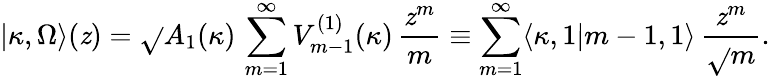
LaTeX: |\kappa,\Omega\rangle(\mathit{z})=\sqrt{}{{A_{1}(\kappa)}}\, \sum_{m=1}^{\infty}V_{m-1}^{(1)}(\kappa)\, \frac{{\mathit{z}^{m}}}{{m}}\equiv\sum_{m=1}^{\infty}\langle\kappa,1|m-1,1\rangle\, \frac{{\mathit{z}^{m}}}{{\sqrt{}{{m}}}}.